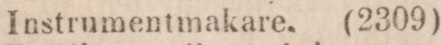
Instrumentmakare. (2309)